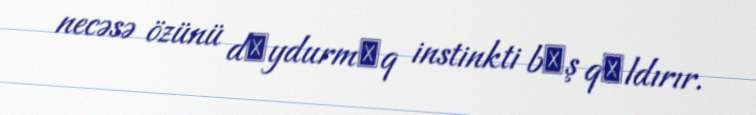
necəsə özünü dоydurmаq instinkti bаş qаldırır.